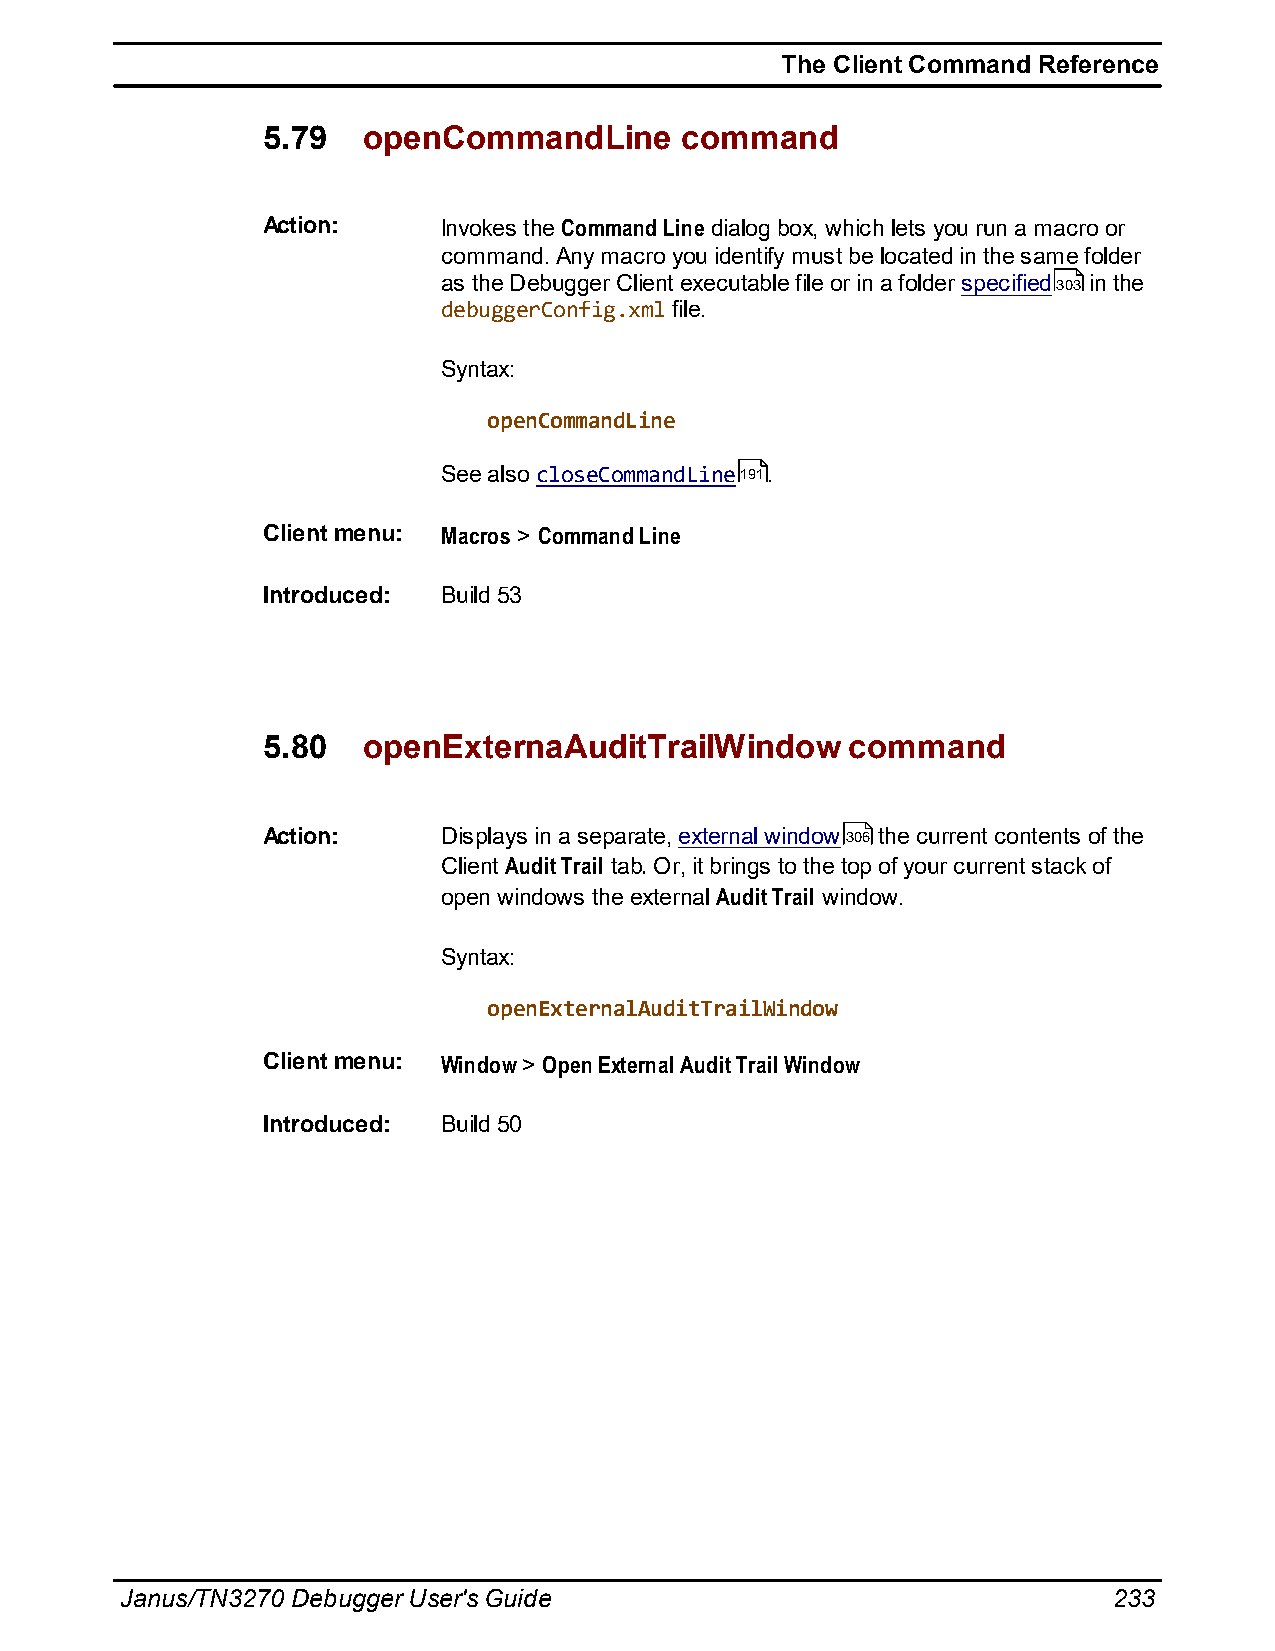
The Client Command Reference
 5.79   openCommandLine      command
 Action:     Invokes the Command Line dialog box, which lets you run a macro or
 command. Any macro you identify must be located in the same folder
 as the Debugger Client executable file or in a folder specified303 in the
 debuggerConfig.xml file.
 Syntax:
 openCommandLine
 See also closeCommandLine191.
 Client menu: Macros > Command Line
 Introduced: Build 53
 5.80   openExternaAuditTrailWindow     command
 Action:     Displays in a separate, external window306 the current contents of the
 Client Audit Trail tab. Or, it brings to the top of your current stack of
 open windows the external Audit Trail window.
 Syntax:
 openExternalAuditTrailWindow
 Client menu: Window > Open External Audit Trail Window
 Introduced: Build 50
 Janus/TN3270 Debugger User's Guide                                233